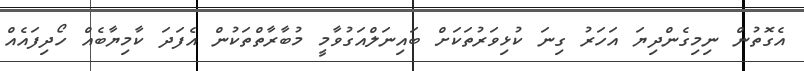
އެގޮތުން ނިމިގެންދިޔަ އަހަރު ގިނަ ކުޅިވަރުތަކަށް ބައިނަލްއަގުވާމީ މުބާރާތްތަކުން އެފަދަ ކާމިޔާބެއް ހޯދިފައެއް